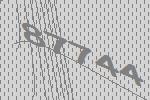
87744